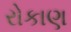
રોકાણ